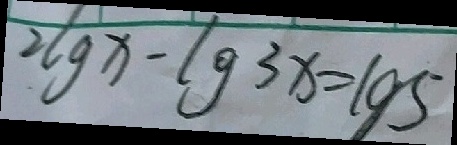
2 \lg x - \lg 3 x = \lg 5